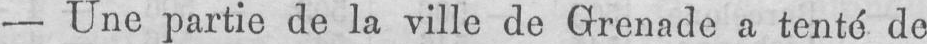
- Une partie de la ville de Grenade a tenté de